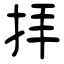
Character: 拝